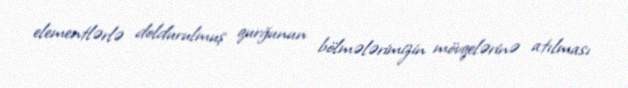
elementlərlə doldurulmuş qurğunun bölmələrimizin mövqelərinə atılması